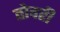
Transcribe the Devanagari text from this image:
तोवरी